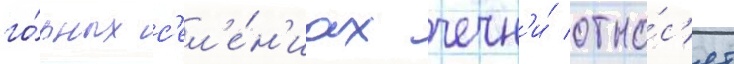
го́рных с'ел'е́н'иах чечн'и́ отно́с'ят